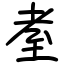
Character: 耊